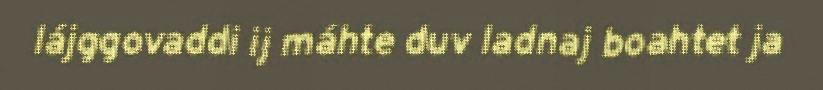
lájggovaddi ij máhte duv ladnaj boahtet ja